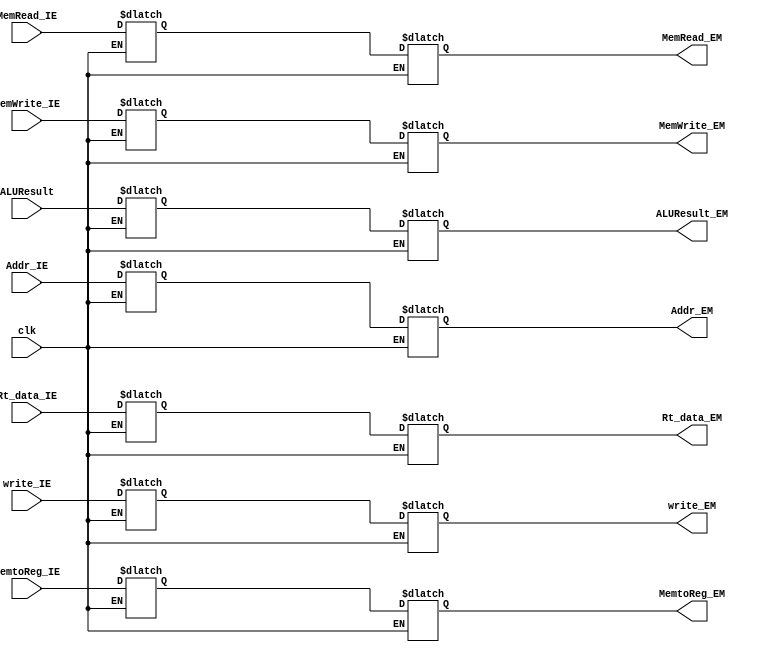
module EX_MEM (
    input clk,
    //WB
    input write_IE,
    input MemtoReg_IE,

    output reg write_EM,
    output reg MemtoReg_EM,
    //M
    input MemRead_IE,
    input MemWrite_IE,

    output reg MemRead_EM,
    output reg MemWrite_EM,
    //data
    input [4:0] Addr_IE,
    input [31:0] Rt_data_IE,
    input [31:0] ALUResult,

    output reg [4:0] Addr_EM,
    output reg [31:0] Rt_data_EM,
    output reg [31:0] ALUResult_EM
  );
  reg WB_write;
  reg WB_MemtoReg;
  reg M_MemRead;
  reg M_MemWrite;
  reg [31:0] D_Rt_data;
  reg [4:0] D_addr;
  reg [31:0] D_ALUResult;
  always @( clk)//triger when clk change
  begin
    if (clk)    //read in data when posedge clk      
    begin             
      //WB
      WB_write=write_IE;
      WB_MemtoReg=MemtoReg_IE;
      //M
      M_MemRead=MemRead_IE;
      M_MemWrite=MemWrite_IE;
      //data
      D_Rt_data=Rt_data_IE;
      D_addr=Addr_IE;
      D_ALUResult=ALUResult;
    end
    else      //write when negedge of clk
    begin
      //WB
      write_EM= WB_write;
      MemtoReg_EM=WB_MemtoReg;
      //M
      MemRead_EM=M_MemRead;
      MemWrite_EM=M_MemWrite;
      //data
      Rt_data_EM=D_Rt_data;
      Addr_EM=D_addr;
      ALUResult_EM=D_ALUResult;
    end
  end

endmodule